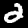
Label: 2